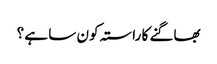
بھاگنے کا راستہ کون سا ہے ؟